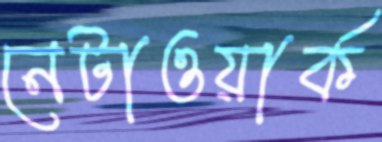
নেটাওয়ার্ক